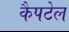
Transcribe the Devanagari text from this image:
कैपटेल